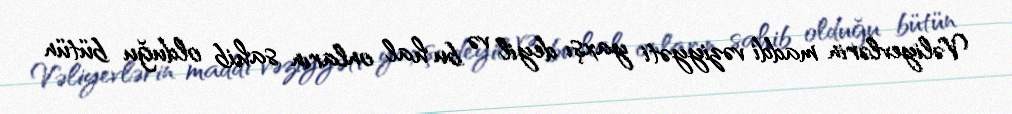
Vəliyevlərin maddi vəziyyəti yaxşı deyil və bu hal onların sahib olduğu bütün